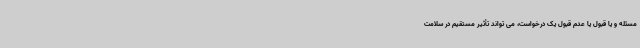
مسئله و یا قبول یا عدم قبول یک درخواست، می تواند تأثیر مستقیم در سلامت